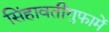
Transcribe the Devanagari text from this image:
सिंहावतीगुफामें